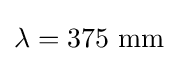
\lambda =375\ \mathrm {mm}